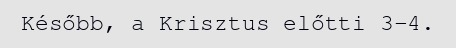
Később, a Krisztus előtti 3–4.